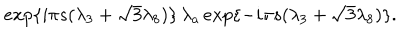
e x p \{ { i { \pi } s ( { \lambda } _ { 3 } + { \sqrt { 3 } } { \lambda } _ { 8 } ) } \} \, { \lambda } _ { a } \, e x p \{ { - i { \pi } s ( { \lambda } _ { 3 } + { \sqrt { 3 } } { \lambda } _ { 8 } ) } \} .